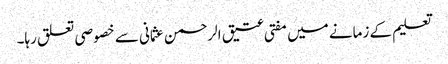
تعلیم کے زمانے میں مفتی عتیق الرحمن عثمانی سے خصوصی تعلق رہا۔